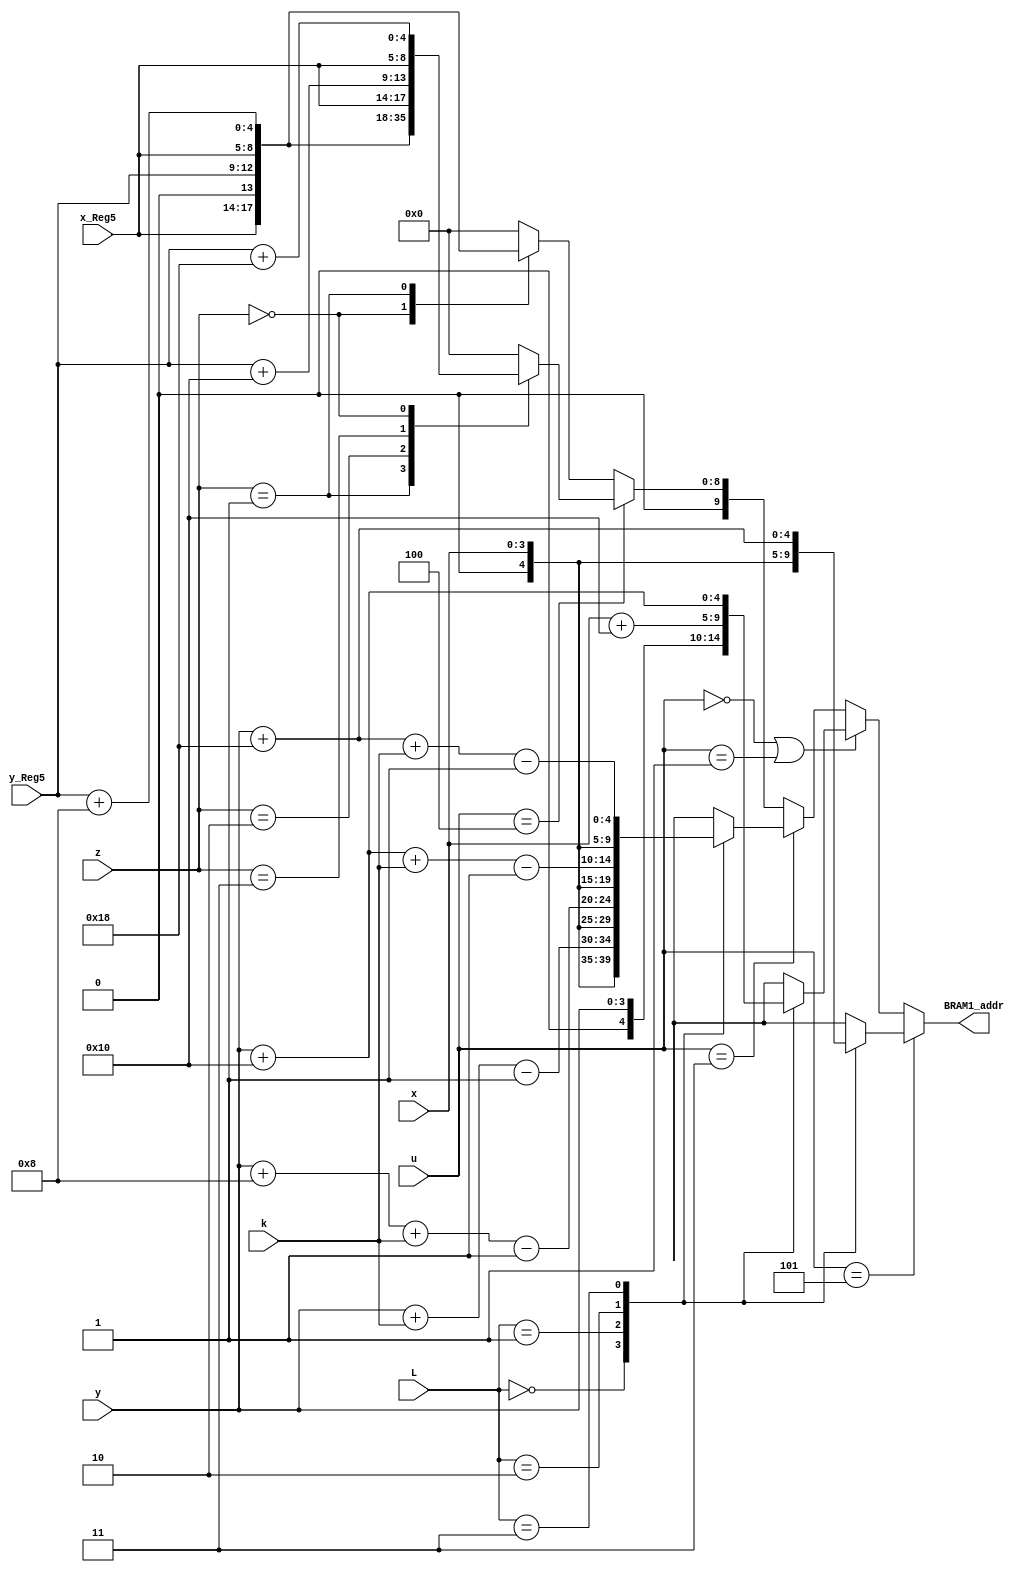
module BRAM1_addr_L9(BRAM1_addr,L,x_Reg5,y_Reg5,x,y,u,k,z);
output reg[9:0] BRAM1_addr;
input [3:0] x_Reg5,y_Reg5,x,y;
wire [4:0] X_5bits,Y_5bits,XREG_5bits,YREG_5bits;
assign X_5bits={1'b0,x};
assign Y_5bits={1'b0,y};
assign XREG_5bits={1'b0,x_Reg5};
assign YREG_5bits={1'b0,y_Reg5};
input [1:0] L;
input [1:0] k;
input [2:0] u,z;



always @ (*)
	begin
	if ((u==5) )
		case (L)
				2'b00:   BRAM1_addr={X_5bits,Y_5bits}; 			
				2'b01:   BRAM1_addr={X_5bits,Y_5bits+5'b01000}; 
				2'b10:   BRAM1_addr={X_5bits,Y_5bits+5'b10000}; 
				2'b11:   BRAM1_addr={X_5bits,Y_5bits+5'b11000}; 
		endcase
	else if (u==0||u==1)
		case (L)
				2'b00:   BRAM1_addr={X_5bits,Y_5bits}; 			
				2'b01:   BRAM1_addr={X_5bits,Y_5bits+5'b10000}; 
				2'b10:   BRAM1_addr={X_5bits+5'b10000,Y_5bits}; 
				2'b11:   BRAM1_addr={X_5bits+5'b10000,Y_5bits+5'b10000}; 
		endcase
	else if (u==3)
		
		case (L)
				2'b00:   BRAM1_addr={X_5bits,Y_5bits+k-5'b00001}; 			
				2'b01:   BRAM1_addr={X_5bits,Y_5bits+5'b01000+k-5'b00001};
				2'b10:   BRAM1_addr={X_5bits,Y_5bits+5'b10000+k-5'b00001};
				2'b11:   BRAM1_addr={X_5bits,Y_5bits+5'b11000+k-5'b00001};
		endcase		
	else if (u==4)
		case(z)
				3'b001:   BRAM1_addr={XREG_5bits,YREG_5bits}; 			
				3'b010:   BRAM1_addr={XREG_5bits,YREG_5bits+5'b01000}; 
				3'b011:   BRAM1_addr={XREG_5bits,YREG_5bits+5'b10000}; 
				3'b000:   BRAM1_addr={XREG_5bits,YREG_5bits+5'b11000}; 
				default:  BRAM1_addr=0; 	  
		endcase
		
	else
		case(z)
			 0:   BRAM1_addr={XREG_5bits,YREG_5bits}; 			
			 1:   BRAM1_addr={XREG_5bits,YREG_5bits+5'b01000}; 	
			 default:  BRAM1_addr=0; 	  
		endcase


	end




endmodule